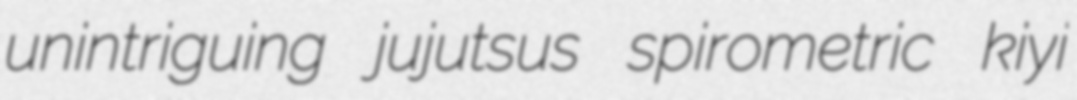
unintriguing jujutsus spirometric kiyi